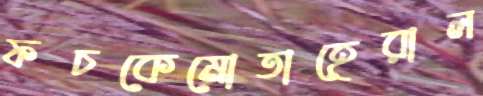
ফচকেমোতাহেরাল